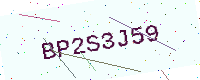
Text: BP2S3J59